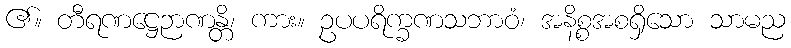
၏။ တီရဏဋ္ဌေဉာဏန္တိ၊ ကား။ ဥပပရိက္ခဏသဘာဝံ၊ အနိစ္စအစရှိသော သာမည